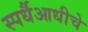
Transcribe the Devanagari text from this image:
स्पर्धैआधीचे